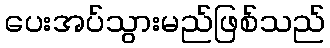
ပေးအပ်သွားမည်ဖြစ်သည်